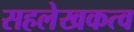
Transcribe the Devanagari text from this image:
सहलेखकत्व